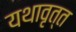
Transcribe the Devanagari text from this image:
यथावृत्त